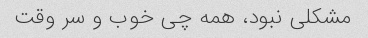
مشکلی نبود، همه چی خوب و سر وقت